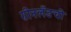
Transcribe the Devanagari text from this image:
ग्रीनलँडची